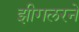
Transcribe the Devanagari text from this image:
झीगलरने